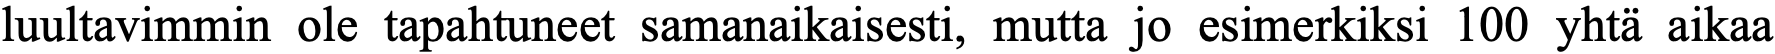
luultavimmin ole tapahtuneet samanaikaisesti, mutta jo esimerkiksi 100 yhtä aikaa